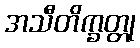
အသီတိက္ခတ္တု